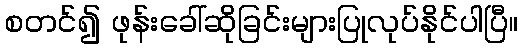
စတင်၍ ဖုန်းခေါ်ဆိုခြင်းများပြုလုပ်နိုင်ပါပြီ။